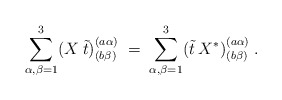
\begin{align*}\sum_{\alpha, \beta=1}^3 (X\: \tilde{t})^{(a \alpha)}_{(b \beta)}\;=\; \sum_{\alpha, \beta=1}^3 (\tilde{t}\: X^*)^{(a \alpha)}_{(b \beta)}\;.\end{align*}